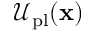
\mathcal { U } _ { \mathrm { p l } } ( \mathbf { x } )